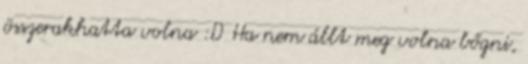
összerakhatta volna :D Ha nem állt meg volna bőgni,